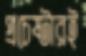
প্রচেষ্টারই